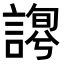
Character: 𧪱